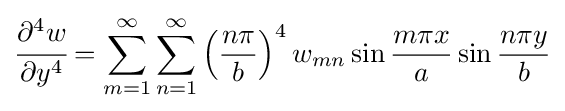
{\cfrac {\partial ^{4}w}{\partial y^{4}}}=\sum _{m=1}^{\infty }\sum _{n=1}^{\infty }\left({\frac {n\pi }{b}}\right)^{4}w_{mn}\sin {\frac {m\pi x}{a}}\sin {\frac {n\pi y}{b}}